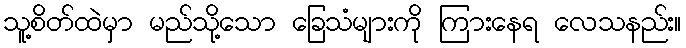
သူ့စိတ်ထဲမှာ မည်သို့သော ခြေသံများကို ကြားနေရ လေသနည်း။